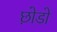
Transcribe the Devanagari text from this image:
छ़ोडो